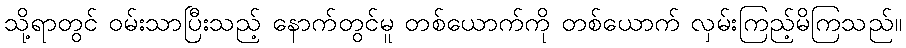
သို့ရာတွင် ဝမ်းသာပြီးသည့် နောက်တွင်မူ တစ်ယောက်ကို တစ်ယောက် လှမ်းကြည့်မိကြသည်။